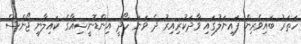
ހަތަރު ބައިވެރިން ފައިނަލުގައި ވާދަކުރިއިރު ދެ ވަނަ ހޯދީ އިންޑޮނީޝިއާގެ ކައިލާނީ ޖޯންސް